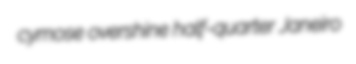
cymose overshine half-quarter Janeiro